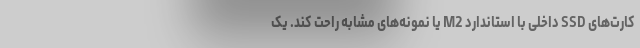
کارت‌های SSD داخلی با استاندارد M2 یا نمونه‌های مشابه راحت کند. یک